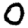
Digit: 0